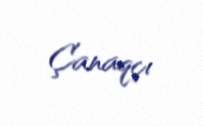
Çanaqçı